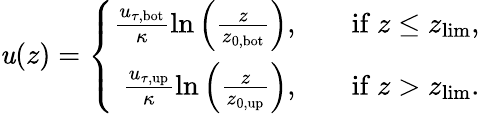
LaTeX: \mathit{u}(z)=\left\{ \begin{array}{rlr}{\frac{u_{\tau,\mathrm{bot}}}{\kappa}\ln\left(\frac{z}{z_{0,\mathrm{bot}}}\right),}&{}&{\mathrm{if}\ z\leq z_{\mathrm{lim}},}\\ {\frac{u_{\tau,\mathrm{up}}}{\kappa}\ln\left(\frac{z}{z_{0,\mathrm{up}}}\right),}&{}&{\mathrm{if}\ z>z_{\mathrm{lim}}.}\end{array}\right.